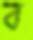
ব